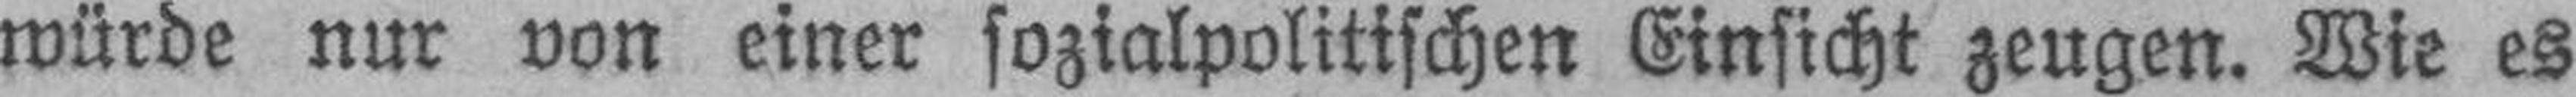
würde nur von einer sozialpolitischen Einsicht zeugen. Wie es